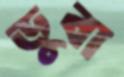
ডুবা